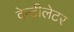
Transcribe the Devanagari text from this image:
वेन्टीलेटर